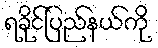
ရခိုင်ပြည်နယ်ကို